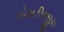
એમડીજીસ